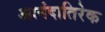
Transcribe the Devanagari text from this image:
आनंदातिरेक